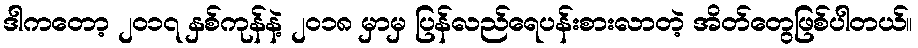
ဒါကတော့ ၂၀၁၇ နှစ်ကုန်နဲ့ ၂၀၁၈ မှာမှ ပြန်လည်ရေပန်းစားလာတဲ့ အိတ်တွေဖြစ်ပါတယ်။